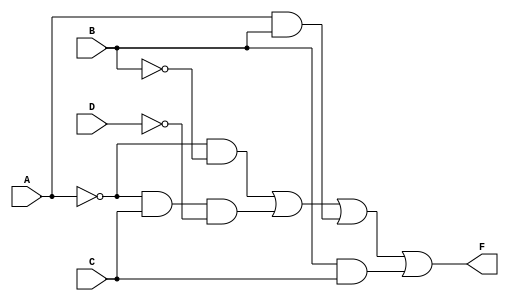
module kmap_4var (
    input wire A,  // Input variable A
    input wire B,  // Input variable B
    input wire C,  // Input variable C
    input wire D,  // Input variable D
    output wire F  // Output of the combinational logic
);

// Implementing the simplified Boolean expression
assign F = (~A & ~B) | (~A & C & ~D) | (A & B) | (B & C);

endmodule